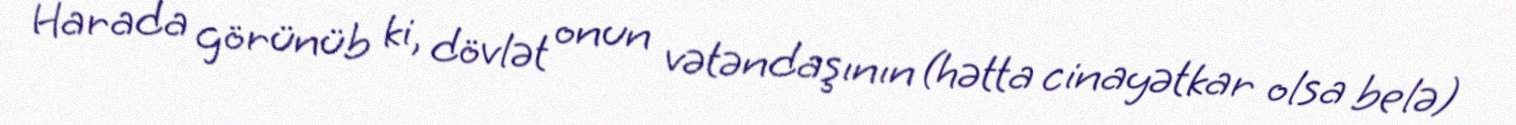
Harada görünüb ki, dövlət onun vətəndaşının (hətta cinayətkar olsa belə)